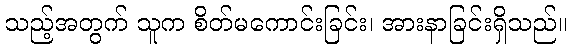
သည့်အတွက် သူက စိတ်မကောင်းခြင်း၊ အားနာခြင်းရှိသည်။